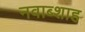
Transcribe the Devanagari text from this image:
नवाब्शाह